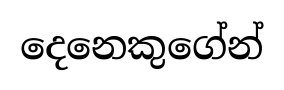
දෙනෙකුගේන්